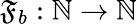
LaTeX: \mathfrak{F}_{b}:\mathbb{{N}}\rightarrow\mathbb{{N}}